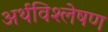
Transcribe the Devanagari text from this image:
अर्थविश्लेषण